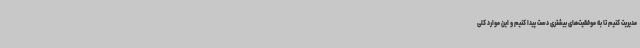
مدیریت کنیم تا به موفقیت‌های بیشتری دست پیدا کنیم و این موارد کلی